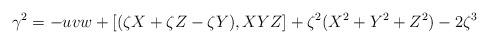
LaTeX: \begin{align*}\gamma^2 = - u v w +[(\zeta X+\zeta Z - \zeta Y),XYZ]+ \zeta^2(X^2+Y^2+Z^2) -2 \zeta^3\end{align*}